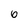
Character: 0